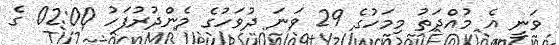
ވަނީ އެ މުއްދަތު މިމަހުގެ 29 ވަނަ ދުވަހުގެ މެންދުރުފަހު 02:00 ގެ